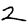
Digit: 2